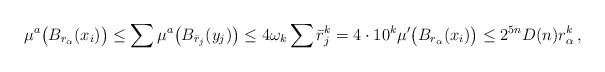
LaTeX: \begin{align*}\mu^a\big(B_{r_\alpha}(x_i)\big)\leq \sum \mu^a\big(B_{\bar r_j}(y_j)\big)\leq 4\omega_k\sum \bar r_j^k = 4\cdot 10^k\mu'\big(B_{r_\alpha}(x_i)\big)\leq 2^{5n} D(n) r_\alpha^k\, ,\end{align*}